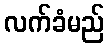
လက်ခံမည်